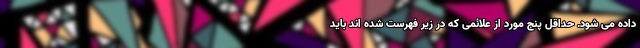
داده می شود. حداقل پنج مورد از علائمی که در زیر فهرست شده اند باید